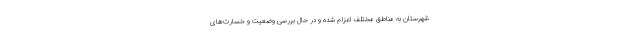
شهرستان به مناطق مختلف اعزام شده و در حال بررسی وضعیت و خسارت‌های